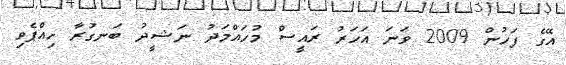
އޭގެ ފަހުން 2009 ވަނަ އަހަރު ރައީސް މުހައްމަދު ނަޝީދު ބަނގުރާ ހިއްޕެވި